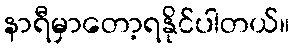
နာရီမှာတော့ရနိုင်ပါတယ်။